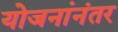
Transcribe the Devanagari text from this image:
योजनांनंतर